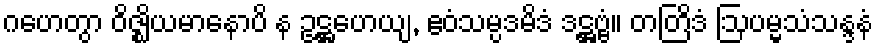
ဂဟေတွာ ဝိဇ္ဈိယမာနောပိ န ဥဋ္ဌဟေယျ, ဧဝံသမ္ပဒမိဒံ ဒဋ္ဌဗ္ဗံ။ တတြိဒံ ဩပမ္မသံသန္ဒနံ